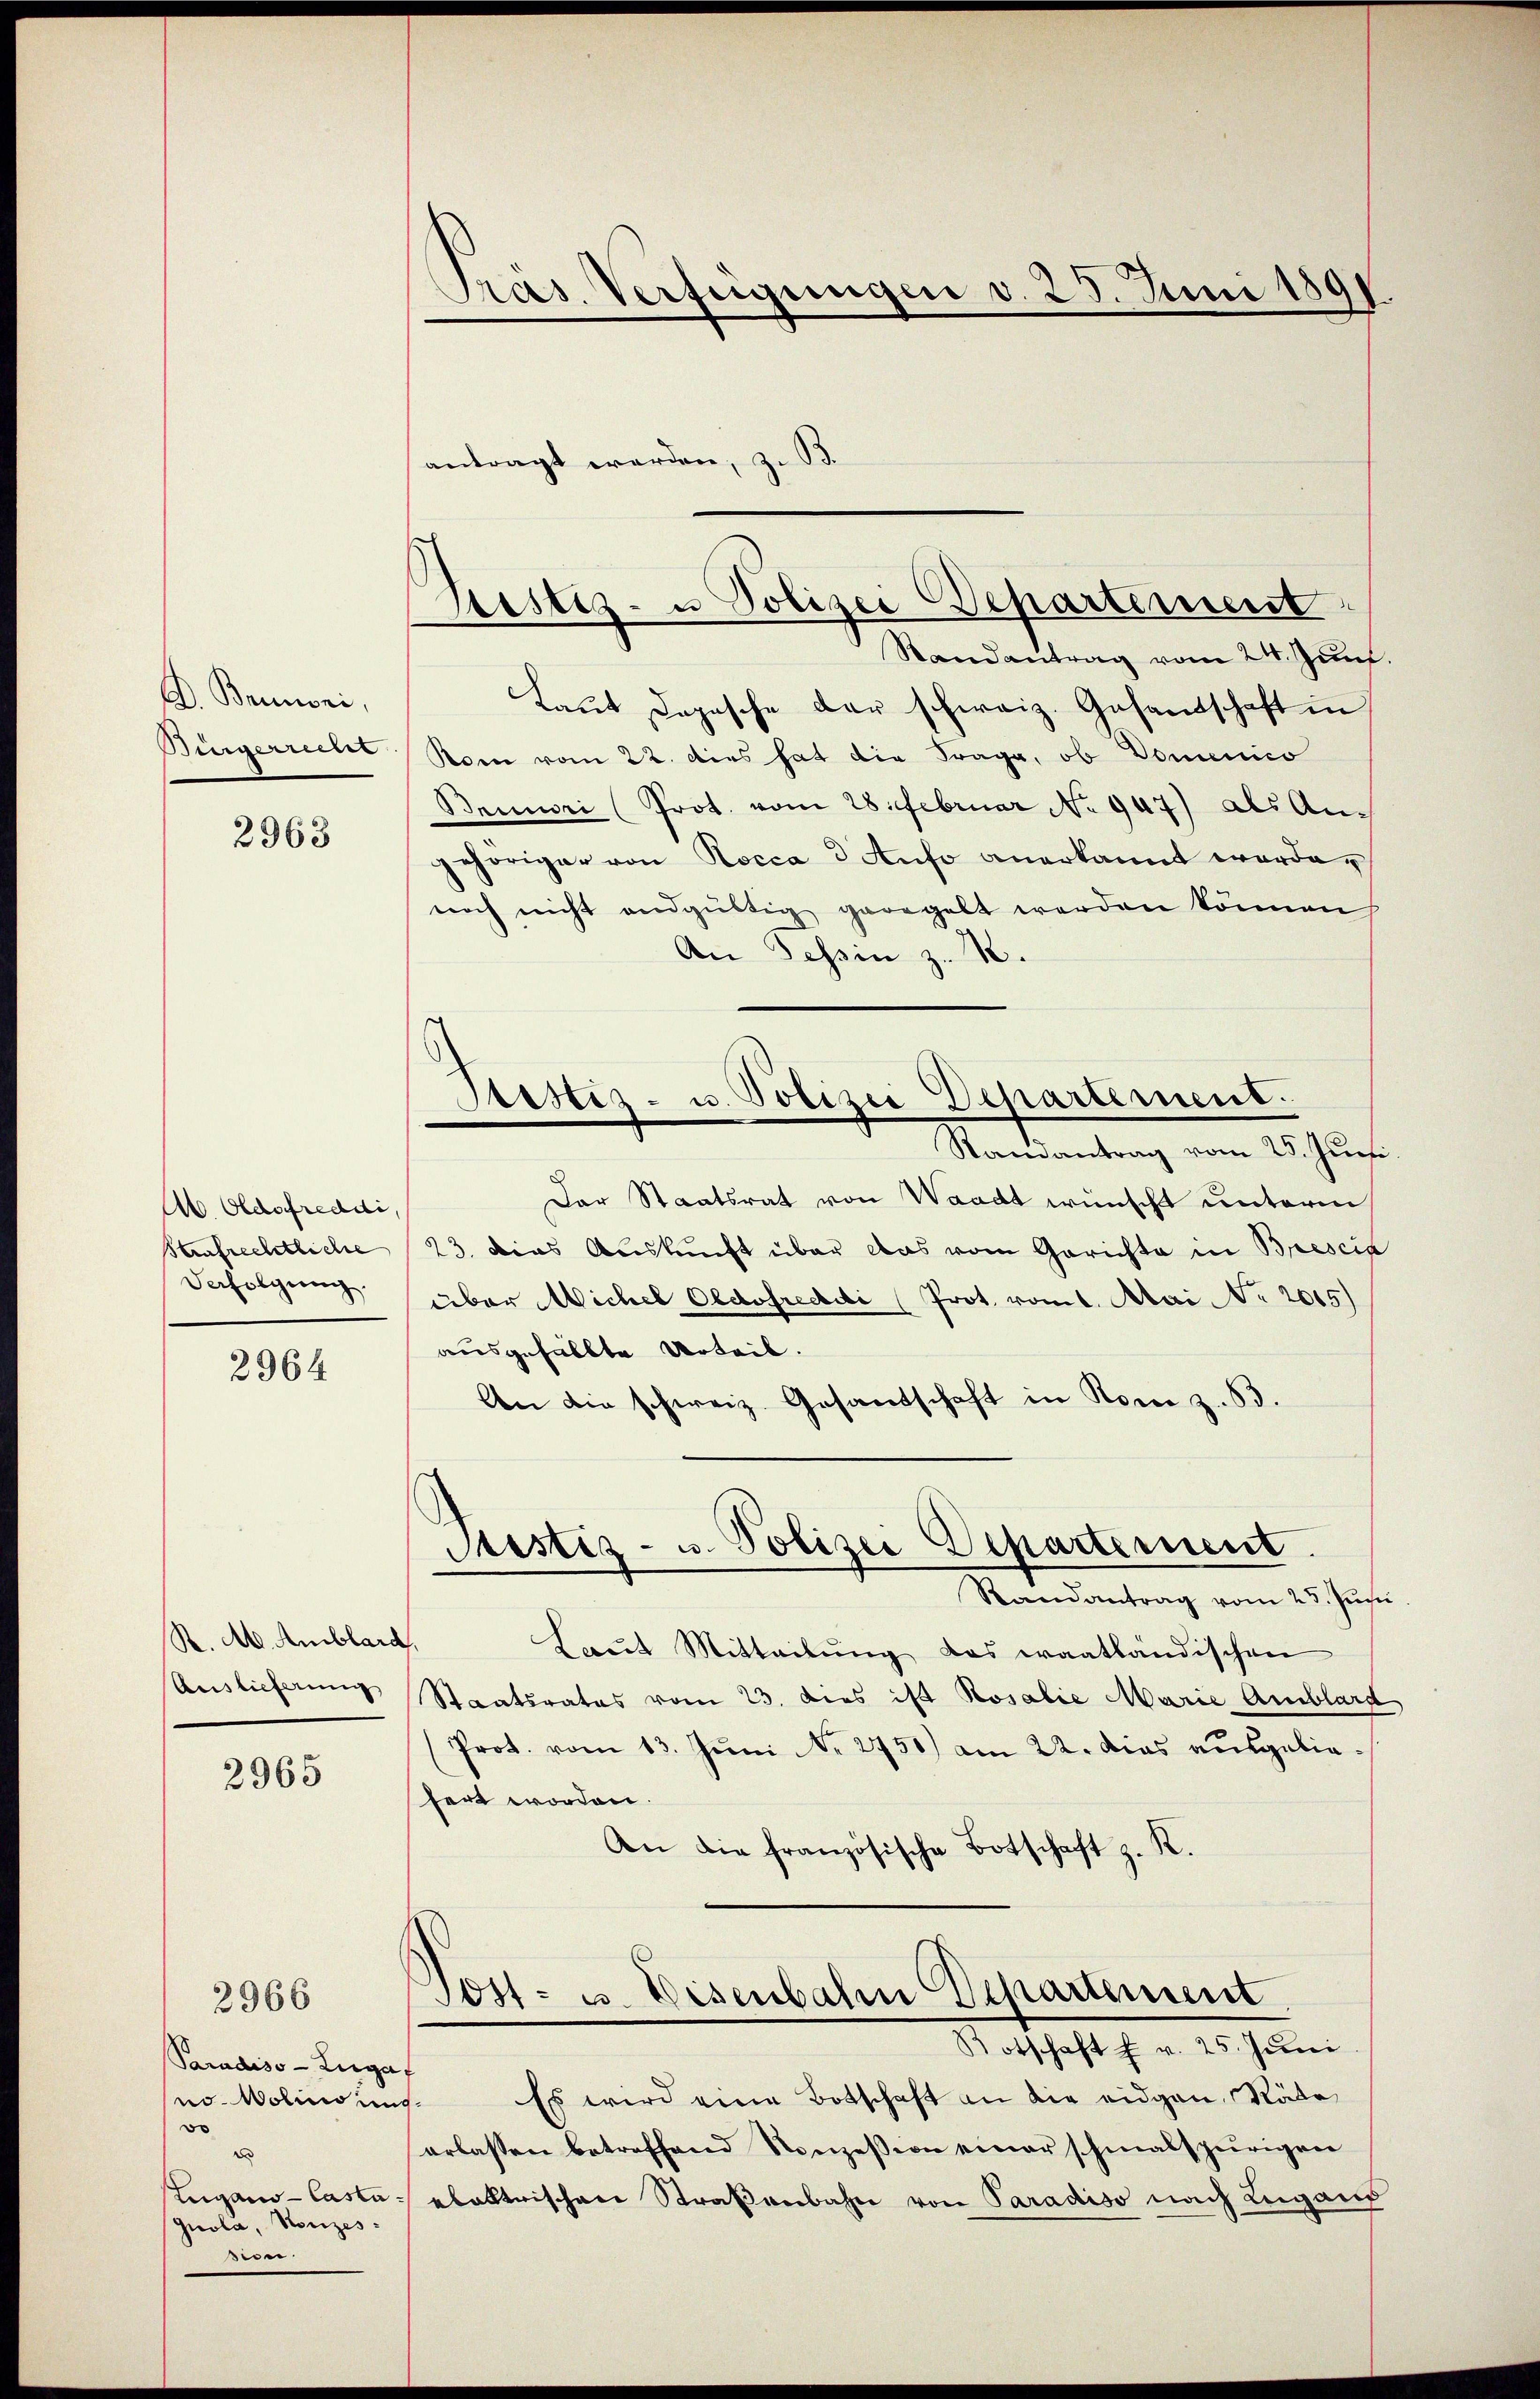
D. Beimoni,
Bingerrecht

2963

Ab. Oldofreddi,
Strafrechtliche
Verfolgung.

2964

R. A. Amblard,
Auslieferung

2965

Paradiso Luga
30
Zugano - Castaquola, Konzes
sion.

2966

Pras. Verfügungen d. 25. Juni 189

Bestiz- u Polizei Departement

antragt werden, zu
Randantrag vom 24. Juni.
Laut Dopische der schweiz. Gesandschaft in
Rom vom 22. dies hat die Frage, ob Domenico
Beniori (Prot. vom 28. Februar No 947) als Angehöriger von Rocca 3 Anso anerkannt worde.
noch nicht endgültig geregelt werden können
An Tessin z. B.
Randantrag vom 25. Jun.
Der Staatsrat von Waadt wünscht unterm
23. Dies Auskunft über das vom Gerichte in Brescik
über Wichel Oldofrecii (Prot. vom 1. Mai No 2015)
ausgefällte Urteil.
An die schweiz. Gesantschaft in Rom z. B.
Justiz- u. Polizei Departement.
Randantrag vom 25. Jus
Laut Mitteilung das waatländischen
Staatsrates vom 23. dies ist Rosalie Marie Amblare
(Prot. vom 13. Juni Nr. 2750) am 22. dies ausgebiefert worden.
An die französische Botschaft z. R.
Post- u. Eisenbahn Departement
Botschaft f. v. 25. Juni
no. Wolindung. Es wird eine Botschaft an die eidgen. Räde
erlassen betreffend Konzession einer schmalspurigen
ebaltrischen Straßenbahn von Paradiso nach Lugang

Sistiz- u. Polizei Departement.